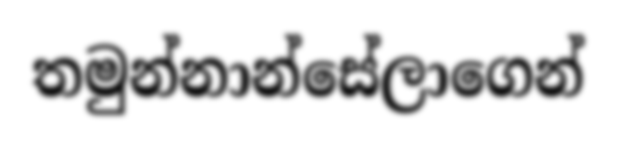
තමුන්නාන්සේලාගෙන්